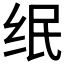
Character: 𱺘